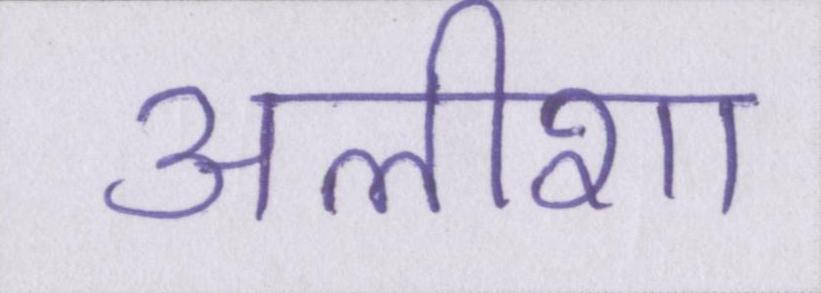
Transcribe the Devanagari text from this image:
अलीशा